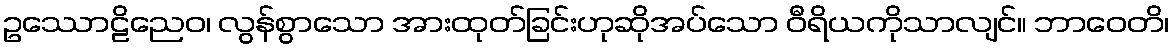
ဥဿောဠိညေဝ၊ လွန်စွာသော အားထုတ်ခြင်းဟုဆိုအပ်သော ဝီရိယကိုသာလျင်။ ဘာဝေတိ၊